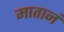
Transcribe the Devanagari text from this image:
मातानं